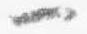
一